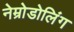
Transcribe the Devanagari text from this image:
नेम्रोडोलिंग